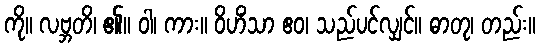
ကို။ လဗ္ဘတိ၊ ၏။ ဝါ၊ ကား။ ဝိဟိံသာ ဧဝ၊ သည်ပင်လျှင်။ ဓာတု၊ တည်း။